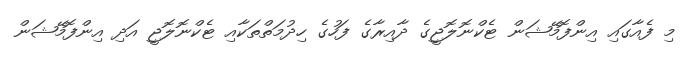
މި ފެއާގައި އިންފޮމޭޝަން ޓެކްނޮލޮޖީގެ ދާއިރާގެ ފަހުގެ ހިދުމަތްތަކާއި ޓެކްނޮލޮޖީ އަދި އިންފޮމޭޝަން